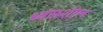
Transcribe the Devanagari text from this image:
ध्वंसशील